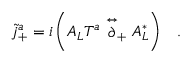
\tilde { j } _ { + } ^ { a } = i \left( A _ { L } T ^ { a } \stackrel { \leftrightarrow } { \partial } _ { + } A _ { L } ^ { * } \right) \; \; \; .